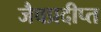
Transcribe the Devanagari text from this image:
जैवप्रदीप्त